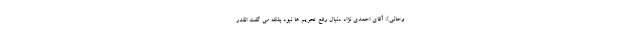
وحانی}: آقای احمدی نژاد دنبال رفع تحریم ها نبود بلکه می گفت انقدر